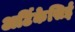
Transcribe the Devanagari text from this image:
अर्टिकेसिई